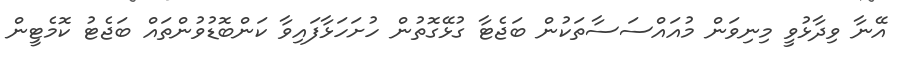
އޭނާ ވިދާޅުވީ މިނިވަން މުއައްސަސާތަކުން ބަޖެޓާ ގުޅޭގޮތުން ހުށަހަޅާފައިވާ ކަންބޮޑުވުންތައް ބަޖެޓު ކޮމެޓީން